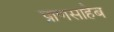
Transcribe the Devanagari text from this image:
प्राणसाहेब